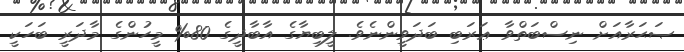
ޞަޙަރާއަށް ނިސްބަތްވާ ޢަރަބި ބަދަވީންނެވެ. ލީބިޔާގެ އާބާދީގެ 80% މީހުންގެ މާދަރީ ބަހަކީ